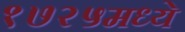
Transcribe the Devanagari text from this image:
१७२५मध्ये